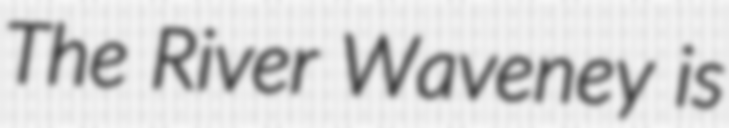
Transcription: The River Waveney is